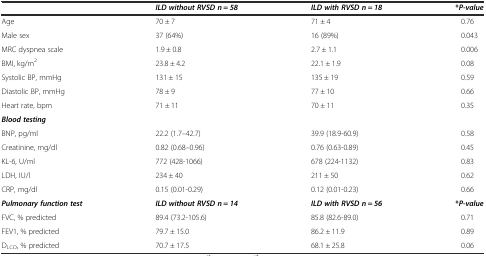
<table><thead><tr><td></td><td><b><i>ILD without RVSD n</i> = <i>58</i></b></td><td><b><i>ILD with RVSD n</i> = <i>18</i></b></td><td><b>*<i>P-</i><i>value</i></b></td></tr></thead><tbody><tr><td>Age</td><td>70 ± 7</td><td>71 ± 4</td><td>0.76</td></tr><tr><td>Male sex</td><td>37 (64%)</td><td>16 (89%)</td><td>0.043</td></tr><tr><td>MRC dyspnea scale</td><td>1.9 ± 0.8</td><td>2.7 ± 1.1</td><td>0.006</td></tr><tr><td>BMI, kg/m<sup>2</sup></td><td>23.8 ± 4.2</td><td>22.1 ± 1.9</td><td>0.08</td></tr><tr><td>Systolic BP, mmHg</td><td>131 ± 15</td><td>135 ± 19</td><td>0.59</td></tr><tr><td>Diastolic BP, mmHg</td><td>78 ± 9</td><td>77 ± 10</td><td>0.66</td></tr><tr><td>Heart rate, bpm</td><td>71 ± 11</td><td>70 ± 11</td><td>0.35</td></tr><tr><td><b><i>Blood testing</i></b></td><td></td><td></td><td></td></tr><tr><td>BNP, pg/ml</td><td>22.2 (1.7–42.7)</td><td>39.9 (18.9-60.9)</td><td>0.58</td></tr><tr><td>Creatinine, mg/dl</td><td>0.82 (0.68–0.96)</td><td>0.76 (0.63-0.89)</td><td>0.45</td></tr><tr><td>KL-6, U/ml</td><td>772 (428-1066)</td><td>678 (224-1132)</td><td>0.83</td></tr><tr><td>LDH, IU/l</td><td>234 ± 40</td><td>211 ± 50</td><td>0.62</td></tr><tr><td>CRP, mg/dl</td><td>0.15 (0.01-0.29)</td><td>0.12 (0.01-0.23)</td><td>0.66</td></tr><tr><td><b><i>Pulmonary function test</i></b></td><td><b><i>ILD without RVSD n</i></b> <b>=</b> <b><i>14</i></b></td><td><b><i>ILD with RVSD n</i></b> <b>=</b> <b><i>56</i></b></td><td><b>*</b><b><i>P</i></b><b>-</b><b><i>value</i></b></td></tr><tr><td>FVC, % predicted</td><td>89.4 (73.2-105.6)</td><td>85.8 (82.6-89.0)</td><td>0.71</td></tr><tr><td>FEV1, % predicted</td><td>79.7 ± 15.0</td><td>86.2 ± 11.9</td><td>0.89</td></tr><tr><td>D<sub>LCO</sub>, % predicted</td><td>70.7 ± 17.5</td><td>68.1 ± 25.8</td><td>0.06</td></tr></tbody></table>